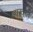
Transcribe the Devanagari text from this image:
महास्त्रोत